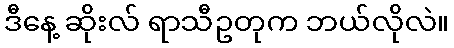
ဒီနေ့ ဆိုးလ် ရာသီဥတုက ဘယ်လိုလဲ။